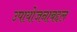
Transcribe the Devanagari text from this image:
उपायोजनाबद्दल